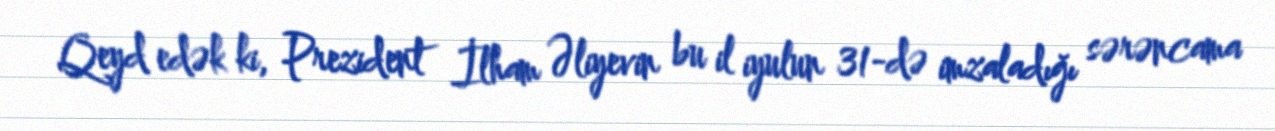
Qeyd edək ki, Prezident İlham Əliyevin bu il iyulun 31-də imzaladığı sərəncama